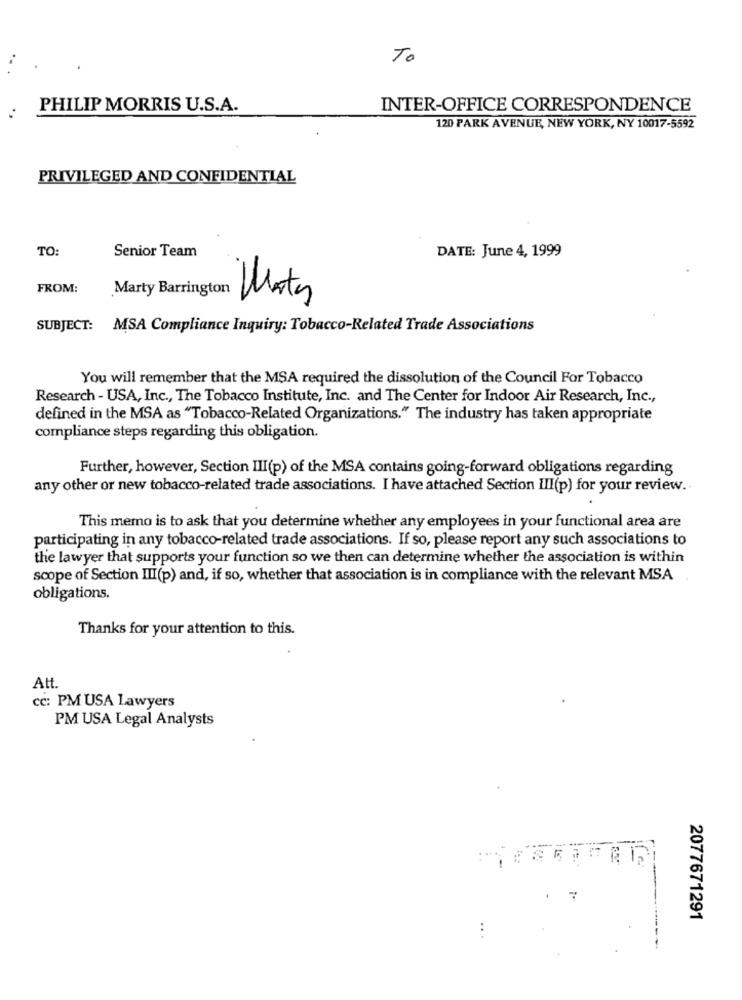
To
PHILIP MORRIS U.S.A.
INTER-OFFICE CORRESPONDENCE
120 PARK AVENUE, NEW YORK, NY 10017-5592
PRIVILEGED AND CONFIDENTIAL
TO:
Senior Team
DATE: June 4, 1999
FROM:
Marty Barrington
Martes
SUBJECT: MSA Compliance Inquiry: Tobacco-Related Trade Associations
You will remember that the MSA required the dissolution of the Council For Tobacco
Research - USA, Inc ., The Tobacco Institute, Inc. and The Center for Indoor Air Research, Inc .,
defined in the MSA as "Tobacco-Related Organizations." The industry has taken appropriate
compliance steps regarding this obligation.
Further, however, Section III(p) of the MSA contains going-forward obligations regarding
any other or new tobacco-related trade associations. I have attached Section III(p) for your review.
This memo is to ask that you determine whether any employees in your functional area are
participating in any tobacco-related trade associations. If so, please report any such associations to
the lawyer that supports your function so we then can determine whether the association is within
scope of Section III(p) and, if so, whether that association is in compliance with the relevant MSA
obligations.
Thanks for your attention to this.
Att.
cc: PM USA Lawyers
PM USA Legal Analysts
2077671291
...